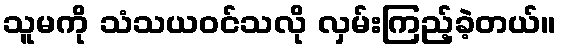
သူမကို သံသယဝင်သလို လှမ်းကြည့်ခဲ့တယ်။